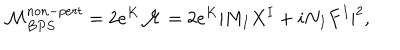
LaTeX: { \cal M } _ { B P S } ^ { n o n - p e r t } = 2 e ^ { K } { \cal M } = { 2 } e ^ { K } | M _ { I } X ^ { I } + i N _ { I } F ^ { I } | ^ { 2 } ,